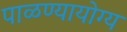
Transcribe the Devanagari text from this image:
पाळण्यायोग्य